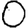
Digit: 0